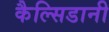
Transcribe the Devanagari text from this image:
कैल्सिडानी